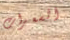
السعرات